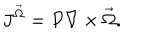
LaTeX: J ^ { \vec { \Omega } } = P \nabla \times \vec { \Omega } .